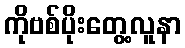
ကိုဗစ်ပိုးတွေ့လူနာ